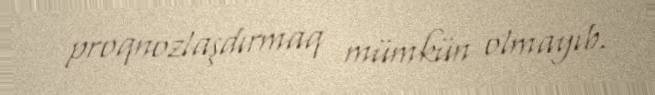
proqnozlaşdırmaq mümkün olmayıb.